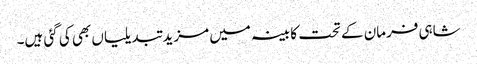
شاہی فرمان کے تحت کابینہ میں مزید تبدیلیاں بھی کی گئی ہیں۔